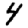
Digit: 4